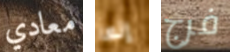
معادي إنها فرج